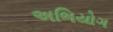
અભિયોગ